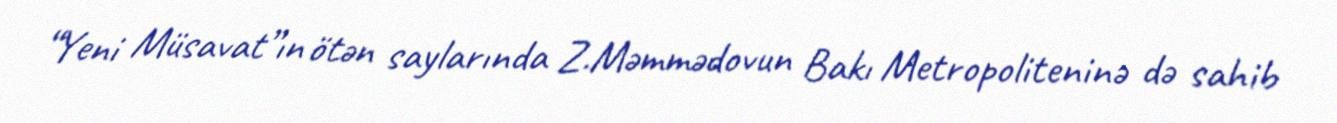
“Yeni Müsavat”ın ötən saylarında Z.Məmmədovun Bakı Metropoliteninə də sahib